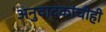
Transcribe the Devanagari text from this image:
अनुवादकांचीही